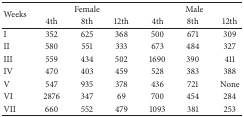
<table><thead><tr><td rowspan="2"><b>Weeks</b></td><td colspan="3"><b>Female</b></td><td colspan="3"><b>Male</b></td></tr><tr><td><b>4th </b></td><td><b>8th </b></td><td><b>12th</b></td><td><b>4th </b></td><td><b>8th </b></td><td><b>12th</b></td></tr></thead><tbody><tr><td>I</td><td>352 </td><td>625 </td><td>368 </td><td>500 </td><td>671 </td><td>309 </td></tr><tr><td>II</td><td>580 </td><td>551 </td><td>333 </td><td>673 </td><td>484 </td><td>327 </td></tr><tr><td>III</td><td>559 </td><td>434 </td><td>502 </td><td>1690 </td><td>390 </td><td>411 </td></tr><tr><td>IV</td><td>470 </td><td>403 </td><td>459 </td><td>528 </td><td>383 </td><td>388 </td></tr><tr><td>V</td><td>547 </td><td>935 </td><td>378 </td><td>436 </td><td>721 </td><td>None</td></tr><tr><td>VI</td><td>2876 </td><td>347 </td><td>69 </td><td>700 </td><td>454 </td><td>284 </td></tr><tr><td>VII</td><td>660 </td><td>552 </td><td>479 </td><td>1093 </td><td>381 </td><td>253 </td></tr></tbody></table>